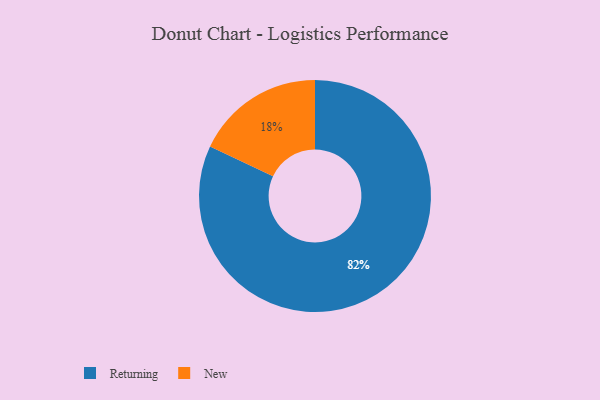
{"axis": {"x": "Category", "y": "Percentage"}, "legend": ["New", "Returning"], "data": [{"x": "Returning", "y": 82, "type": "Returning"}, {"x": "New", "y": 18, "type": "New"}]}